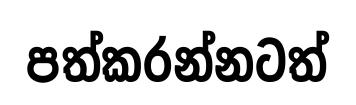
පත්කරන්නටත්